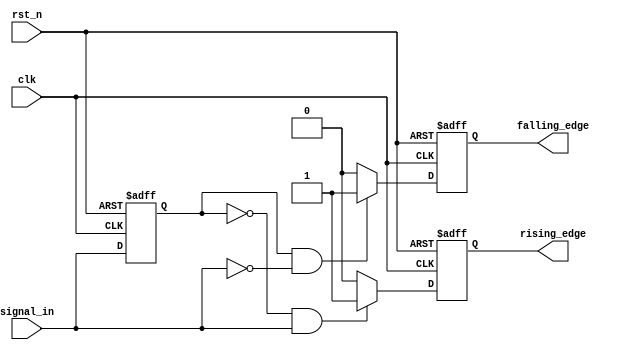
module SchmittTriggerEdgeDetector (
    input wire clk,                // Clock signal
    input wire rst_n,              // Active low reset
    input wire signal_in,          // Input signal to monitor
    output reg rising_edge,        // Output for rising edge detection
    output reg falling_edge        // Output for falling edge detection
);

// Parameters for Hysteresis thresholds
parameter THRESHOLD_UP = 1'b1;   // Upper threshold
parameter THRESHOLD_DOWN = 1'b0;  // Lower threshold

// Memory block to store the previous state of the input signal
reg signal_mem;

// Rising and Falling Edge Logic
always @(posedge clk or negedge rst_n) begin
    if (!rst_n) begin
        signal_mem <= THRESHOLD_DOWN; // Initialize memory block to known state
        rising_edge <= 1'b0;          // Initialize rising edge output
        falling_edge <= 1'b0;         // Initialize falling edge output
    end else begin
        // Reset edge outputs
        rising_edge <= 1'b0;
        falling_edge <= 1'b0;

        // Detect Rising Edge
        if (signal_mem == THRESHOLD_DOWN && signal_in == THRESHOLD_UP) begin
            rising_edge <= 1'b1;       // Rising edge detected
        end
        
        // Detect Falling Edge
        if (signal_mem == THRESHOLD_UP && signal_in == THRESHOLD_DOWN) begin
            falling_edge <= 1'b1;      // Falling edge detected
        end
        
        // Update memory block with the current state of the input signal
        signal_mem <= signal_in;
    end
end

endmodule